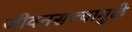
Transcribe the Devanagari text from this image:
जीवनसत्त्वामुळे